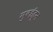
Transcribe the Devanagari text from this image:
मुबईहून